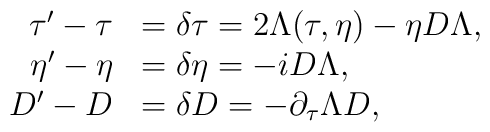
\begin{array}{rl}\tau'-\tau&=\delta\tau=2\Lambda(\tau,\eta)-\eta D\Lambda,\\\eta'-\eta&=\delta \eta = -iD\Lambda,\\D'-D&=\delta D=-\partial_\tau\Lambda D,\end{array}